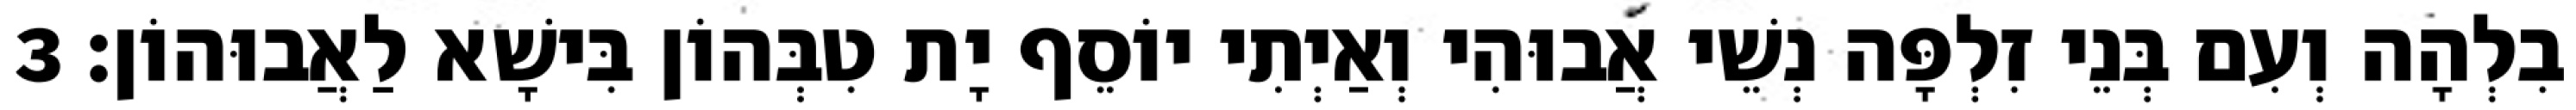
בִלְהָה וְעִם בְּנֵי זִלְפָּה נְשֵׁי אֲבוּהִי וְאַיְתִי יוֹסֵף יָת טִבְּהוֹן בִּישָׁא לַאֲבוּהוֹן׃ 3